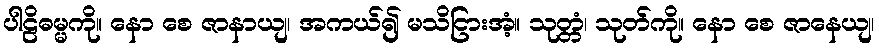
ပါဠိဓမ္မကို။ နော စေ ဇာနာယျ၊ အကယ်၍ မသိငြားအံ့။ သုတ္တံ၊ သုတ်ကို။ နော စေ ဇာနေယျ၊